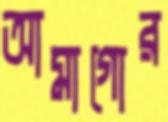
আমাগোর